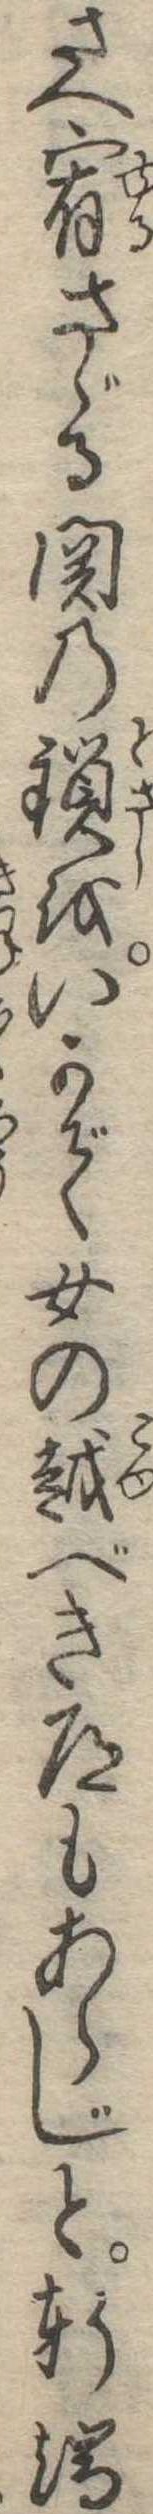
さへ宥さゞる関の鎖をいかで女の越べき道もあらじと軒端